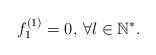
LaTeX: \begin{align*}f_{1}^{(1)} = 0, \, \forall l \in \mathbb{N}^{*}.\end{align*}